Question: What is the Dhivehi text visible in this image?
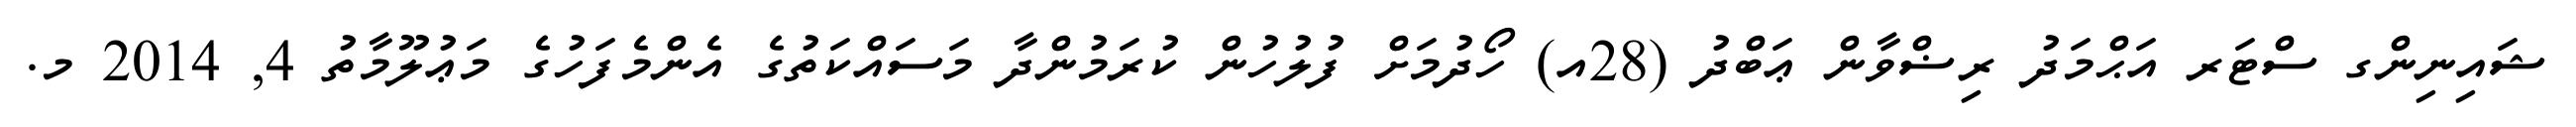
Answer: ޝައިނިންގ ސްޓަރ އަޙްމަދު ރިޟްވާން ޢަބްދު (28އ) ހޯދުމަށް ފުލުހުން ކުރަމުންދާ މަސައްކަތުގެ އެންމެފަހުގެ މަޢުލޫމާތު 4, 2014 މ.